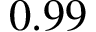
0 . 9 9